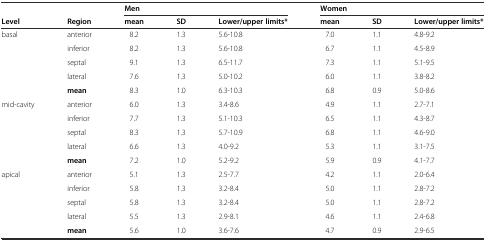
|  |  | <COLSPAN=3> Men | <COLSPAN=3> Women |
 | Level | Region | mean | SD | Lower/upper limits* | mean | SD | Lower/upper limits* |
 | --- | --- | --- | --- | --- | --- | --- | --- |
 | <ROWSPAN=5> basal | anterior | 8.2 | 1.3 | 5.6-10.8 | 7.0 | 1.1 | 4.8-9.2 |
 | inferior | 8.2 | 1.3 | 5.6-10.8 | 6.7 | 1.1 | 4.5-8.9 |
 | septal | 9.1 | 1.3 | 6.5-11.7 | 7.3 | 1.1 | 5.1-9.5 |
 | lateral | 7.6 | 1.3 | 5.0-10.2 | 6.0 | 1.1 | 3.8-8.2 |
 | mean | 8.3 | 1.0 | 6.3-10.3 | 6.8 | 0.9 | 5.0-8.6 |
 | <ROWSPAN=5> mid-cavity | anterior | 6.0 | 1.3 | 3.4-8.6 | 4.9 | 1.1 | 2.7-7.1 |
 | inferior | 7.7 | 1.3 | 5.1-10.3 | 6.5 | 1.1 | 4.3-8.7 |
 | septal | 8.3 | 1.3 | 5.7-10.9 | 6.8 | 1.1 | 4.6-9.0 |
 | lateral | 6.6 | 1.3 | 4.0-9.2 | 5.3 | 1.1 | 3.1-7.5 |
 | mean | 7.2 | 1.0 | 5.2-9.2 | 5.9 | 0.9 | 4.1-7.7 |
 | <ROWSPAN=5> apical | anterior | 5.1 | 1.3 | 2.5-7.7 | 4.2 | 1.1 | 2.0-6.4 |
 | inferior | 5.8 | 1.3 | 3.2-8.4 | 5.0 | 1.1 | 2.8-7.2 |
 | septal | 5.8 | 1.3 | 3.2-8.4 | 5.0 | 1.1 | 2.8-7.2 |
 | lateral | 5.5 | 1.3 | 2.9-8.1 | 4.6 | 1.1 | 2.4-6.8 |
 | mean | 5.6 | 1.0 | 3.6-7.6 | 4.7 | 0.9 | 2.9-6.5 |